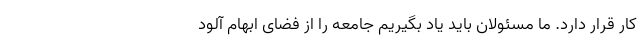
کار قرار دارد. ما مسئولان باید یاد بگیریم جامعه را از فضای ابهام آلود